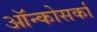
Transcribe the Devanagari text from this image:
ऑन्कोसर्का